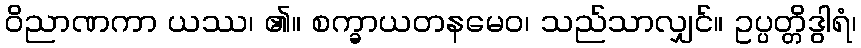
ဝိညာဏကာ ယဿ၊ ၏။ စက္ခာယတနမေဝ၊ သည်သာလျှင်။ ဥပ္ပတ္တိဒွါရံ၊